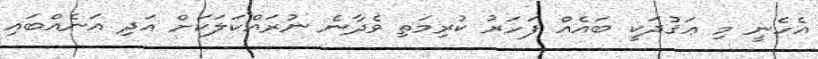
އެހެނީ މި ޢަޤުދަކީ ބައެއް ފަހަރު ކުރިމަތި ވެދާނެ ނުރައްކަލަކަށް އަދި އަނެއްބައި